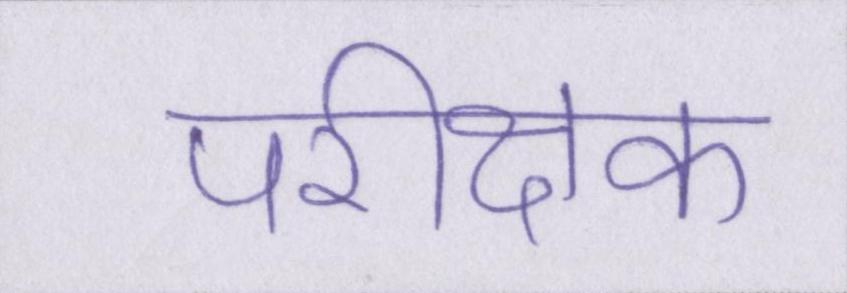
परीक्षक